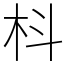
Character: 枓